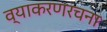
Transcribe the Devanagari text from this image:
व्याकरणरचना